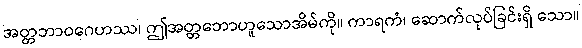
အတ္တဘာဝဂေဟဿ၊ ဤအတ္တဘောဟူသောအိမ်ကို။ ကာရကံ၊ ဆောက်လုပ်ခြင်းရှိ သော။